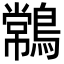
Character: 𪄹